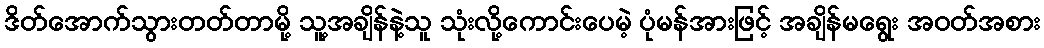
ဒိတ်အောက်သွားတတ်တာမို့ သူ့အချိန်နဲ့သူ သုံးလို့ကောင်းပေမဲ့ ပုံမန်အားဖြင့် အချိန်မရွေး အဝတ်အစား